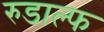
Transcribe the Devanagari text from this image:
रुडाल्फ